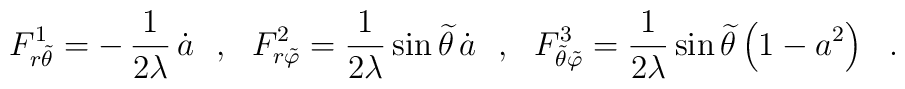
F^{1}_{r {\tilde{\theta}}} = -\,\frac{1}{2\lambda}\,{\dot{a}}~~,~~ F^{2}_{r {\tilde{\varphi}}} = \frac{1}{2\lambda}\,{\sin{\widetilde{\theta}}\,{\dot{a}}}~~,~~ F^{3}_{{\tilde{\theta}}{\tilde{\varphi}}} = \frac{1}{2\lambda}\,{\sin{\widetilde{\theta}}}\left(1 - a^2 \right)~~.